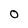
Character: O